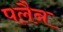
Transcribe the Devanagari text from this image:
पलैन